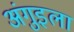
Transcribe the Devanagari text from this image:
अंगुइला